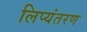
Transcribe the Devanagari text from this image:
लिप्‍यंतरण